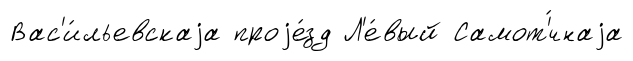
Вас'и́льевскаjа проjе́зд Л'е́вый Самот'́чнаjа